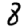
Digit: 8